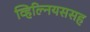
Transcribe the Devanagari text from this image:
व्हिल्नियससह